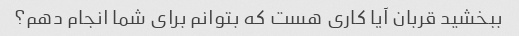
ببخشید قربان آیا کاری هست که بتوانم برای شما انجام دهم؟